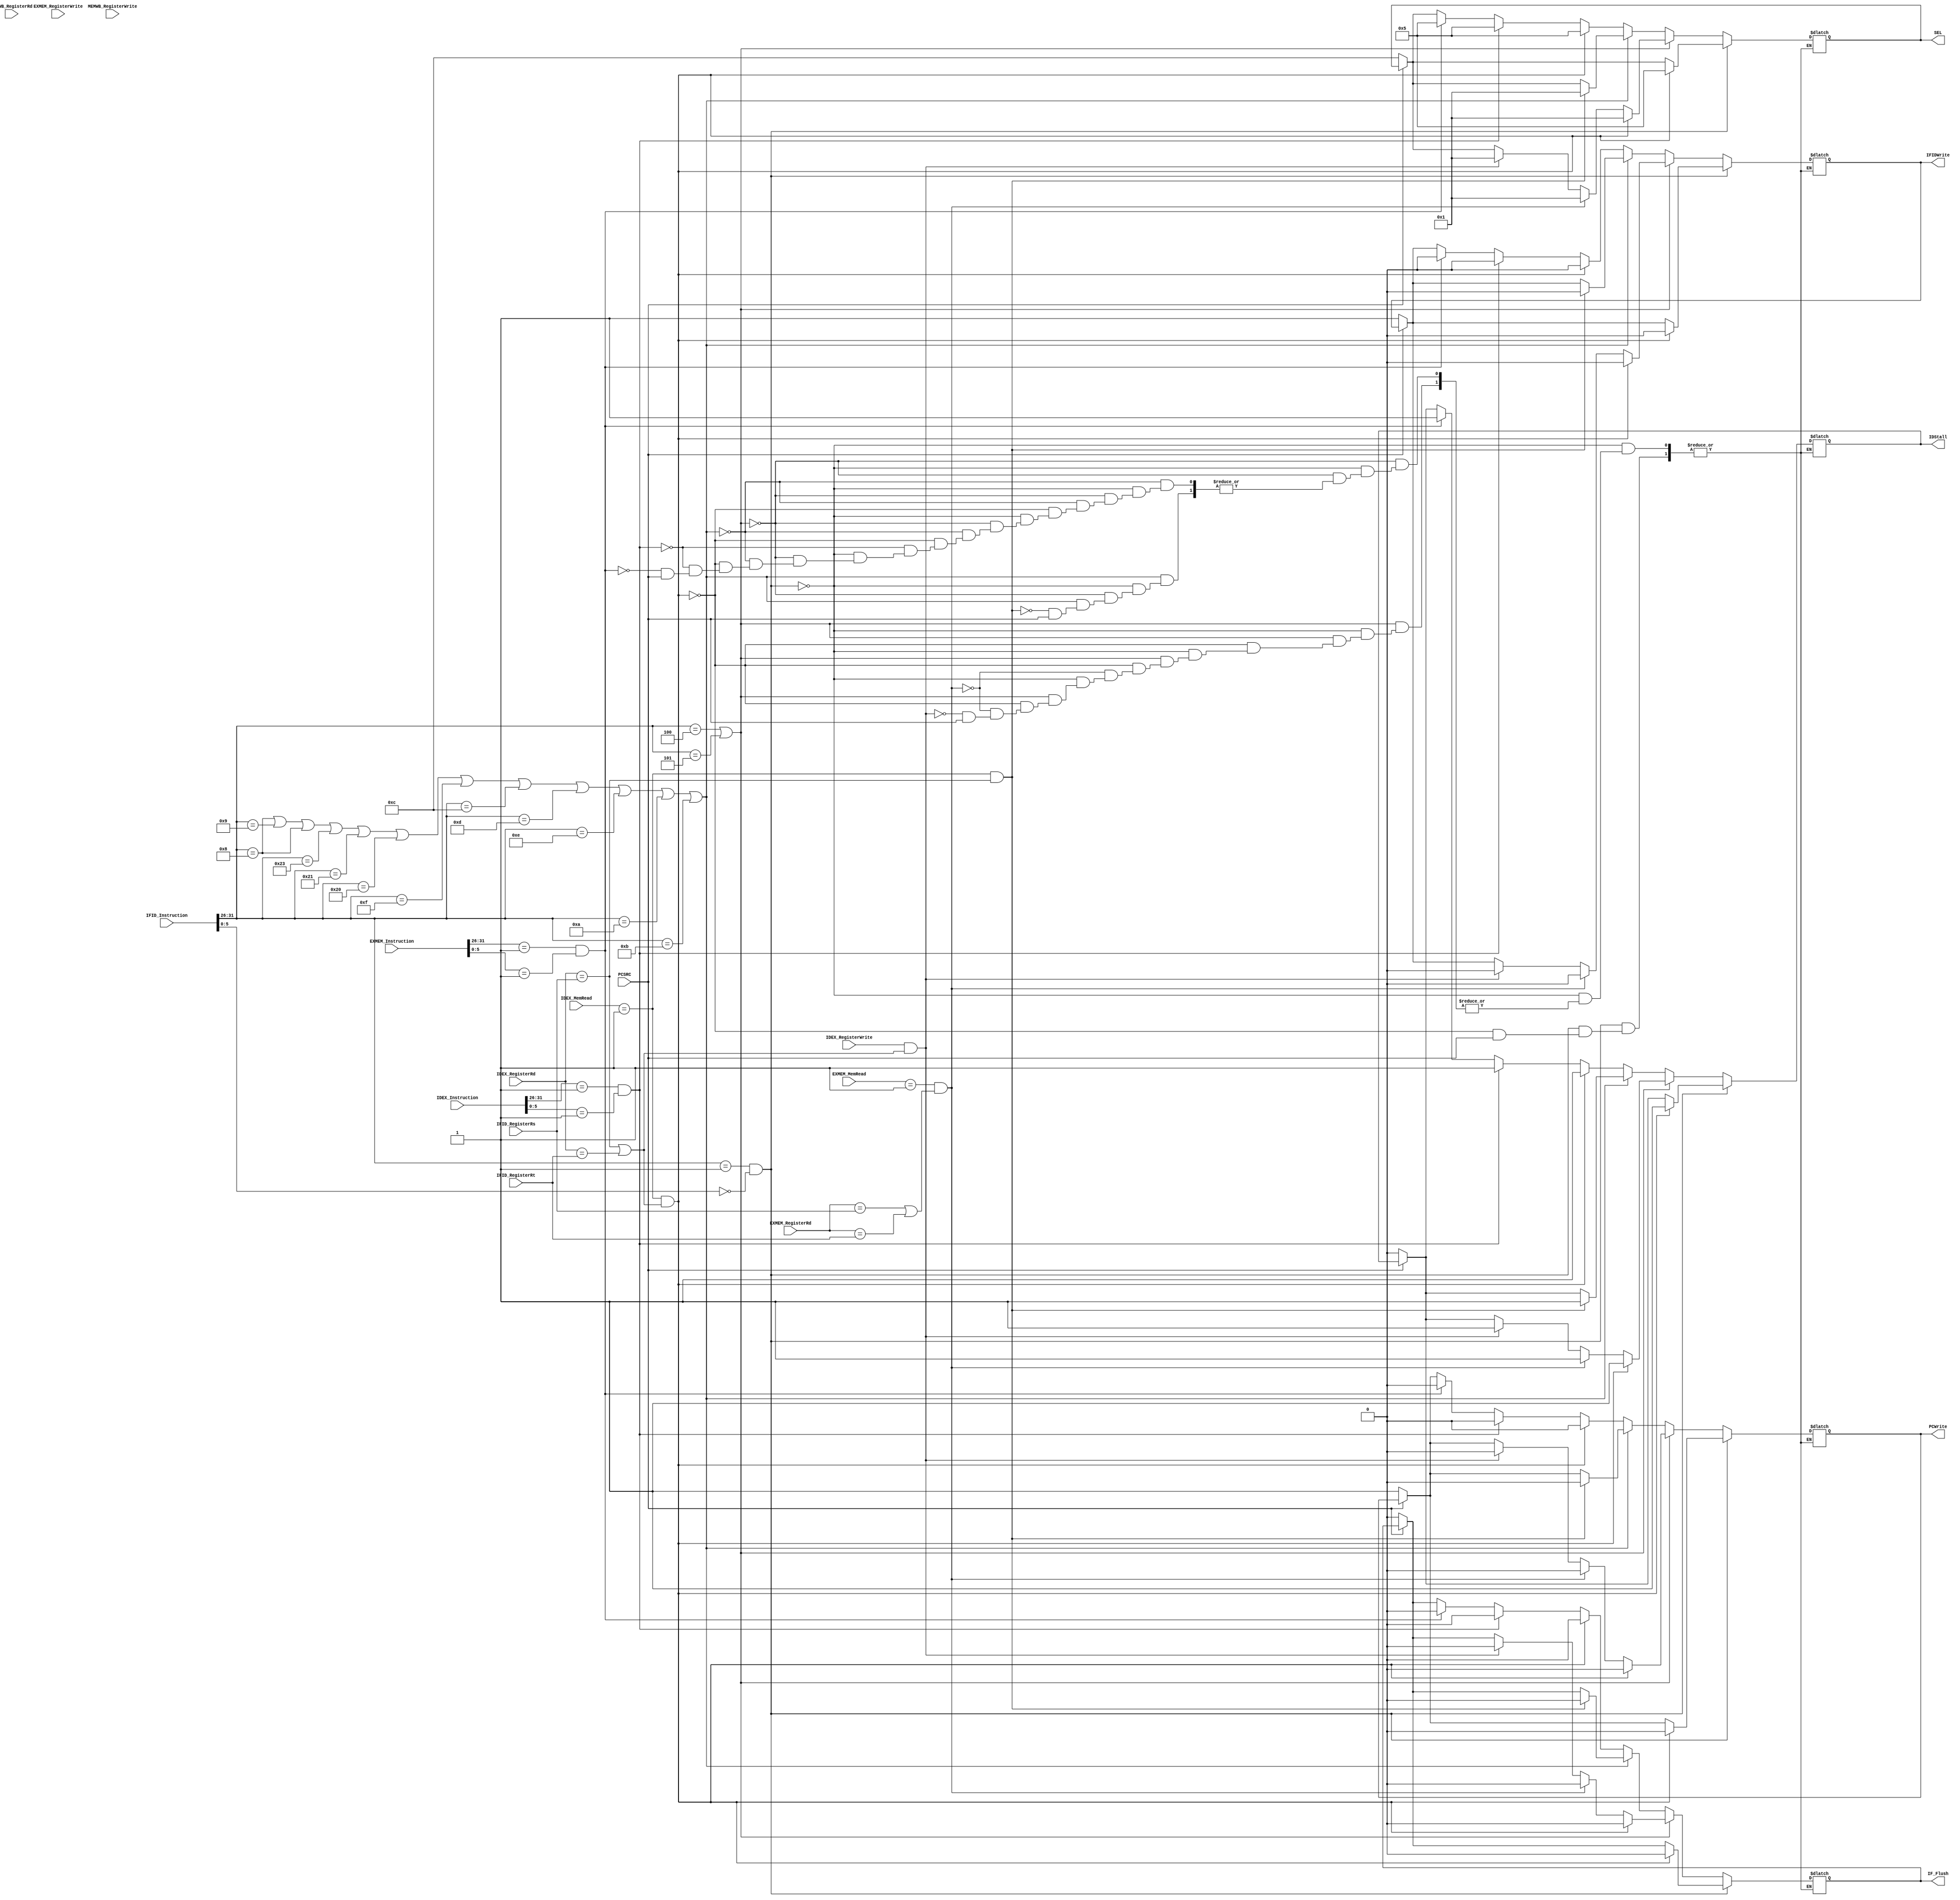
`timescale 1ns / 1ps
//////////////////////////////////////////////////////////////////////////////////
// Module Name: HazardDetector
//////////////////////////////////////////////////////////////////////////////////

/* HazardDetector HazardDetector(.IFID_Instruction(IFID_Instruction), .IFID_RegisterRs(IFID_Instruction[25:21])
                   , .IFID_RegisterRt(IFID_Instruction[20:16]), IDEX_Instruction
                   , .IDEX_RegisterRd(WriteRAddr), .IDEX_RegisterWrite(RegWO), .IDEX_MemRead(MemReadO)
                   , .EXMEM_RegisterRd(DSTOO), .EXMEM_RegisterWrite(RegWriteOO), .EXMEM_MemRead(MemReadOO)
                   , .MEMWB_RegisterRd(WRITEDST), .MEMWB_RegisterWrite(RegWriteOOO)
                   , .PCWrite(PCWrite), .IFIDWrite(IFIDWrite), .IDStall(IDStall)
                   , .SEL(SEL), .IF_Flush(IF_Flush), .PCSRC(PCSRC));
 */

module HazardDetector(IFID_Instruction, IFID_RegisterRs, IFID_RegisterRt, IDEX_Instruction, IDEX_RegisterRd, IDEX_RegisterWrite
            , IDEX_MemRead, EXMEM_Instruction, EXMEM_RegisterRd, EXMEM_RegisterWrite, EXMEM_MemRead, MEMWB_RegisterRd
            , MEMWB_RegisterWrite //inputs 'till here
            , PCWrite, IFIDWrite, IDStall, SEL, IF_Flush, PCSRC); //outputs

    input [31:0] IFID_Instruction, IDEX_Instruction, EXMEM_Instruction;
    input [4:0] IFID_RegisterRs, IFID_RegisterRt, IDEX_RegisterRd, EXMEM_RegisterRd, MEMWB_RegisterRd;
    input [1:0] IDEX_MemRead, EXMEM_MemRead;
    input IDEX_RegisterWrite, EXMEM_RegisterWrite, MEMWB_RegisterWrite, PCSRC;
    
    output reg PCWrite, IFIDWrite, IDStall, IF_Flush;
    output reg [3:0] SEL;
    
    always @ (*) begin
    
        /*if (Branch) begin
            IDStall <= 0;     
            PCWrite <= 0;          //stall PC count
            IFIDWrite <= 0;        //write the same instruction for the next cycle
            IF_Flush <= 0;        
            SEL <= 9;
        end
        
        else if (BranchEX) begin //waiting for branch to be resolved
            IDStall <= 1;     //insert nop
            PCWrite <= 0;          //stall PC count
            IFIDWrite <= 0;        //write the same instruction for the next cycle
            IF_Flush <= 0;        //dont flush
            SEL <= 10;
        end
        else */ if (PCSRC) begin
         //   IDStall <= 1;     //insert nop
         //   PCWrite <= 1;          //write branched PC count to get branch instruciton
         //   IFIDWrite <= 1;        //write the branch instruction for the next cycle
         //   IF_Flush <= 1;        //flush the wrong instruction
         //   SEL <= 11;
        end
        else begin
            IDStall = 0;
            PCWrite = 1;
            IFIDWrite = 1;
            IF_Flush = 0;
            SEL = 12;
        end
        
        if (IFID_Instruction[31:26] == 6'b000001 && IFID_Instruction[5:0] == 6'b000000) begin
            if ((IDEX_MemRead == 1) && (IDEX_RegisterRd == IFID_RegisterRs || (IDEX_RegisterRd == IFID_RegisterRt))) begin
                PCWrite = 0;
                IFIDWrite = 0;
                IDStall = 1;
                IF_Flush = 0;
                SEL = 5;
            end
        end
        //abs operation -- computes the absolute difference and stores result in Cache register
		               
        //sum operation ----- Custom instruction that sums the Cache
     
    ///beq & bne
	    else if (IFID_Instruction[31:26] == 6'b000100 || IFID_Instruction[31:26] == 6'b000101) begin
	           if ((IDEX_MemRead == 1) && ((IDEX_RegisterRd == IFID_RegisterRs) || (IDEX_RegisterRd == IFID_RegisterRt))) begin
                   //stall once
                   PCWrite = 0;
                   IFIDWrite = 0;
                   IDStall = 1;
                   IF_Flush = 0;
                   SEL = 1;
               end  
               
               else if ((EXMEM_MemRead == 1) && ((EXMEM_RegisterRd == IFID_RegisterRs) || (EXMEM_RegisterRd == IFID_RegisterRt))) begin
                   //stall once
                   PCWrite = 0;
                   IFIDWrite = 0;
                   IDStall = 1;
                   IF_Flush = 0;
                   SEL = 1;
               end 
               
               else if ((IDEX_RegisterWrite == 1) && ((IDEX_RegisterRd == IFID_RegisterRs) || (IDEX_RegisterRd == IFID_RegisterRt))) begin //IDEX_RegisterRd has the "muxed" return reg from phase EX
                   //have to stall twice
                   PCWrite = 0;
                   IFIDWrite = 0;
                   IDStall = 1;
                   IF_Flush = 0;
                   SEL = 1;
                end  
                
	    end
        //  For I-Type instructions (At least those with Rt as return reg)
        else if (IFID_Instruction[31:26] == 6'b001000 || IFID_Instruction[31:26] == 6'b001001 || IFID_Instruction[31:26] == 6'b001000 || IFID_Instruction[31:26] == 6'b100011 
        || IFID_Instruction[31:26] == 6'b100001 || IFID_Instruction[31:26] == 6'b100000 || IFID_Instruction[31:26] == 6'b001111 || IFID_Instruction[31:26] == 6'b001100
        || IFID_Instruction[31:26] == 6'b001101 || IFID_Instruction[31:26] == 6'b001110 || IFID_Instruction[31:26] == 6'b001010 || IFID_Instruction[31:26] == 6'b001011) begin
          
               if ((IDEX_MemRead == 1) && (IDEX_RegisterRd == IFID_RegisterRs)) begin
                   //stall once
                   PCWrite = 0;
                   IFIDWrite = 0;
                   IDStall = 1;
                   IF_Flush = 0;
                   SEL = 1;
               end  
        /*     if ((IDEX_RegisterWrite == 1) && (IDEX_RegisterRd == IFID_RegisterRs)) begin //IDEX_RegisterRd has the "muxed" return reg from phase EX
               //have to stall twice
               PCWrite = 0;
               IFIDWrite = 0;
               IDStall = 1;
               IF_Flush = 0;
               SEL = 1;
            end  
            
            else if ((EXMEM_RegisterWrite == 1) && (EXMEM_RegisterRd == IFID_RegisterRs)) begin
                //have to stall once
                PCWrite = 0;
                IFIDWrite = 0;
                IDStall = 1;
                IF_Flush = 0;
                SEL = 2;
            end */
            
     /*       else if ((MEMWB_RegisterWrite == 1) && (MEMWB_RegisterRd == IFID_RegisterRs)) begin
                //stall once
                PCWrite = 0;
                IFIDWrite = 0;
                IDStall = 1;
                IF_Flush = 0;
                SEL = 3;
            end 
            */
        end
        
        else begin //R-Type and all else
            
            if ((IDEX_MemRead == 1) && (IDEX_RegisterRd == IFID_RegisterRs || (IDEX_RegisterRd == IFID_RegisterRt))) begin
                PCWrite = 0;
                IFIDWrite = 0;
                IDStall = 1;
                IF_Flush = 0;
                SEL = 5;
            end
            //if next instruction the custom sum operation
            else if (IDEX_Instruction[31:26] == 6'b000001 && IDEX_Instruction[5:0] == 6'b000001) begin
                PCWrite = 0;
                IFIDWrite = 0;
                IDStall = 1;
                IF_Flush = 0;
                SEL = 5;
            end
            else if (EXMEM_Instruction[31:26] == 6'b000001 && EXMEM_Instruction[5:0] == 6'b000001) begin
                PCWrite = 0;
                IFIDWrite = 0;
                IDStall = 1;
                IF_Flush = 0;
                SEL = 5;
            end
            
            ////sum operation ----- Custom instruction that sums the Cache
		      //        6'b000001
       /*     if ((IDEX_RegisterWrite == 1) && ((IDEX_RegisterRd == IFID_RegisterRs) || (IDEX_RegisterRd == IFID_RegisterRt)))begin
               //stall twice
               PCWrite = 0;
               IFIDWrite = 0;
               IDStall = 1;
               IF_Flush = 0;
               SEL = 5;
            end  
            else if ((EXMEM_RegisterWrite == 1) && ((EXMEM_RegisterRd == IFID_RegisterRs) || (EXMEM_RegisterRd == IFID_RegisterRt))) begin
                //stall once
                PCWrite = 0;
                IFIDWrite = 0;
                IDStall = 1;
                IF_Flush = 0;
                SEL = 6;
            end */
       /*    else if ((MEMWB_RegisterWrite == 1) && ((MEMWB_RegisterRd == IFID_RegisterRs) || (MEMWB_RegisterRd == IFID_RegisterRt))) begin
                //stall once
                PCWrite = 0;
                IFIDWrite = 0;
                IDStall = 1;
                IF_Flush = 0;
                SEL = 7;
            end 
            */
        end
    end
    
endmodule